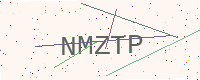
Text: NMZTP